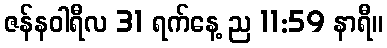
ဇန်နဝါရီလ 31 ရက်နေ့ ည 11:59 နာရီ။